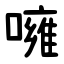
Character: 噰